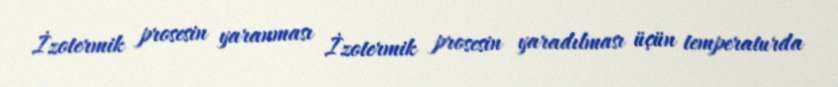
İzotermik prosesin yaranması İzotermik prosesin yaradılması üçün temperaturda